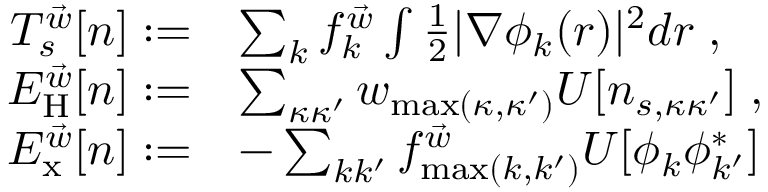
\begin{array} { r l } { T _ { s } ^ { \vec { w } } [ n ] : = } & { \sum _ { k } f _ { k } ^ { \vec { w } } \int \frac { 1 } { 2 } | \nabla \phi _ { k } ( \boldsymbol { r } ) | ^ { 2 } d \boldsymbol { r } \; , } \\ { E _ { \mathrm { H } } ^ { \vec { w } } [ n ] : = } & { \sum _ { \kappa \kappa ^ { \prime } } w _ { \operatorname* { m a x } ( \kappa , \kappa ^ { \prime } ) } U [ n _ { s , \kappa \kappa ^ { \prime } } ] \; , } \\ { E _ { \mathrm { x } } ^ { \vec { w } } [ n ] : = } & { - \sum _ { k k ^ { \prime } } f _ { \operatorname* { m a x } ( k , k ^ { \prime } ) } ^ { \vec { w } } U [ \phi _ { k } \phi _ { k ^ { \prime } } ^ { * } ] } \end{array}